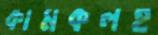
কামকলহ